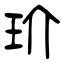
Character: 玠